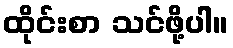
ထိုင်းစာ သင်ဖို့ပါ။